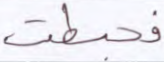
فحبطت